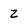
Character: 2